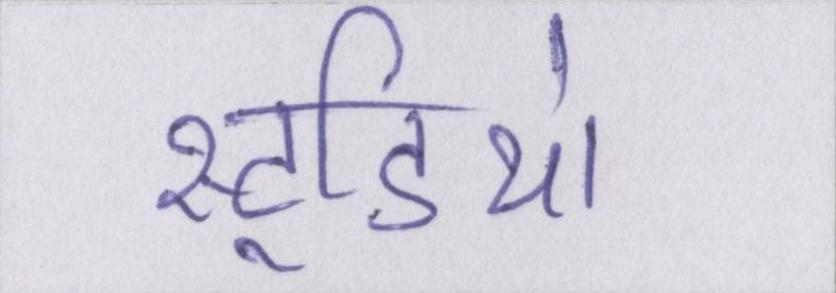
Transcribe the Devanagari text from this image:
स्टूडियो